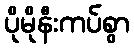
ပိုမိုနီးကပ်စွာ